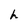
Character: h